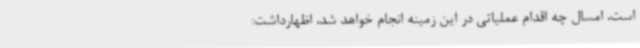
است، امسال چه اقدام عملیاتی در این زمینه انجام خواهد شد، اظهارداشت: